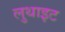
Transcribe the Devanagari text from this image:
लुथाइट